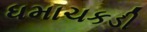
ધમાચકડી